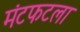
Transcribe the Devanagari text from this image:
मंटफटला